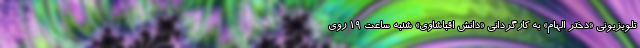
تلویزیونی «دختر الهام» به کارگردانی «دانش اقباشاوی» شنبه ساعت ۱۹ روی